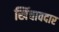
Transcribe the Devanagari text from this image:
खिंचावदार